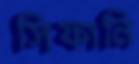
সিফানি